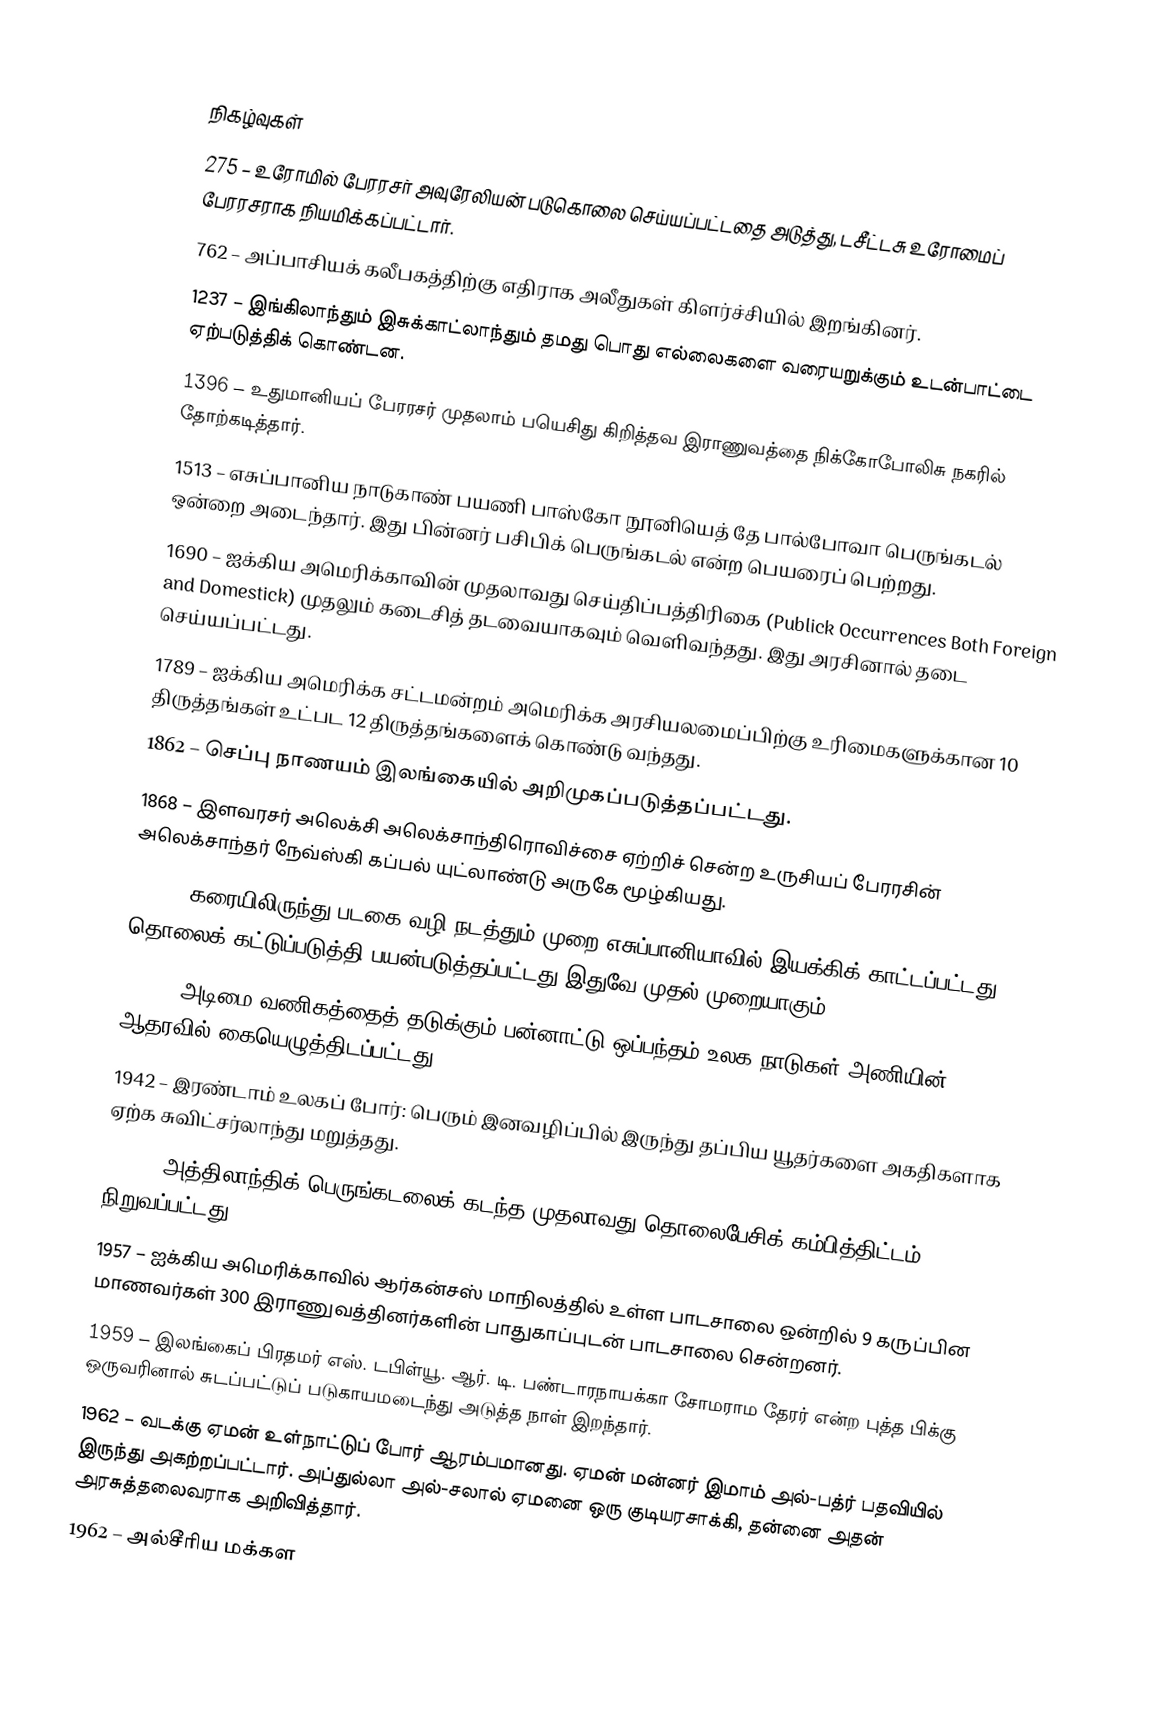

நிகழ்வுகள்
 275 – உரோமில் பேரரசர் அவுரேலியன் படுகொலை செய்யப்பட்டதை அடுத்து, டசீட்டசு உரோமைப் பேரரசராக நியமிக்கப்பட்டார்.
 762 – அப்பாசியக் கலீபகத்திற்கு எதிராக அலீதுகள் கிளர்ச்சியில் இறங்கினர்.
1237 – இங்கிலாந்தும் இசுக்காட்லாந்தும் தமது பொது எல்லைகளை வரையறுக்கும் உடன்பாட்டை ஏற்படுத்திக் கொண்டன.
1396 – உதுமானியப் பேரரசர் முதலாம் பயெசிது கிறித்தவ இராணுவத்தை நிக்கோபோலிசு நகரில் தோற்கடித்தார்.
1513 – எசுப்பானிய நாடுகாண் பயணி பாஸ்கோ நூனியெத் தே பால்போவா பெருங்கடல் ஒன்றை அடைந்தார். இது பின்னர் பசிபிக் பெருங்கடல் என்ற பெயரைப் பெற்றது.
1690 – ஐக்கிய அமெரிக்காவின் முதலாவது செய்திப்பத்திரிகை (Publick Occurrences Both Foreign and Domestick) முதலும் கடைசித் தடவையாகவும் வெளிவந்தது. இது அரசினால் தடை செய்யப்பட்டது.
1789 – ஐக்கிய அமெரிக்க சட்டமன்றம் அமெரிக்க அரசியலமைப்பிற்கு உரிமைகளுக்கான 10 திருத்தங்கள் உட்பட 12 திருத்தங்களைக் கொண்டு வந்தது.
1862 – செப்பு நாணயம் இலங்கையில் அறிமுகப்படுத்தப்பட்டது.
1868 – இளவரசர் அலெக்சி அலெக்சாந்திரொவிச்சை ஏற்றிச் சென்ற உருசியப் பேரரசின் அலெக்சாந்தர் நேவ்ஸ்கி கப்பல் யுட்லாண்டு அருகே மூழ்கியது.
1906 – கரையிலிருந்து படகை வழி நடத்தும் முறை எசுப்பானியாவில் இயக்கிக் காட்டப்பட்டது. தொலைக் கட்டுப்படுத்தி பயன்படுத்தப்பட்டது இதுவே முதல் முறையாகும்.
1926 – அடிமை வணிகத்தைத் தடுக்கும் பன்னாட்டு ஒப்பந்தம் உலக நாடுகள் அணியின் ஆதரவில் கையெழுத்திடப்பட்டது.
1942 – இரண்டாம் உலகப் போர்: பெரும் இனவழிப்பில் இருந்து தப்பிய யூதர்களை அகதிகளாக ஏற்க சுவிட்சர்லாந்து மறுத்தது.
1956 – அத்திலாந்திக் பெருங்கடலைக் கடந்த முதலாவது தொலைபேசிக் கம்பித்திட்டம் TAT-1 நிறுவப்பட்டது.
1957 – ஐக்கிய அமெரிக்காவில் ஆர்கன்சஸ் மாநிலத்தில் உள்ள பாடசாலை ஒன்றில் 9 கருப்பின மாணவர்கள் 300 இராணுவத்தினர்களின் பாதுகாப்புடன் பாடசாலை சென்றனர்.
1959 – இலங்கைப் பிரதமர் எஸ். டபிள்யூ. ஆர். டி. பண்டாரநாயக்கா சோமராம தேரர் என்ற புத்த பிக்கு ஒருவரினால் சுடப்பட்டுப் படுகாயமடைந்து அடுத்த நாள் இறந்தார்.
1962 – வடக்கு ஏமன் உள்நாட்டுப் போர் ஆரம்பமானது. ஏமன் மன்னர் இமாம் அல்-பத்ர் பதவியில் இருந்து அகற்றப்பட்டார். அப்துல்லா அல்-சலால் ஏமனை ஒரு குடியரசாக்கி, தன்னை அதன் அரசுத்தலைவராக அறிவித்தார்.
1962 – அல்சீரிய மக்கள